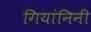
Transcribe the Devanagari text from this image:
गियांनिनी